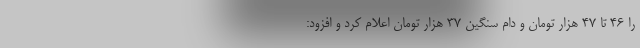
را ۴۶ تا ۴۷ هزار تومان و دام سنگین ۳۷ هزار تومان اعلام کرد و افزود: